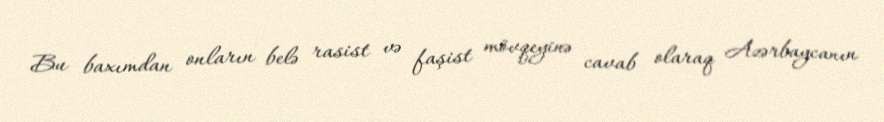
Bu baxımdan onların belə rasist və faşist mövqeyinə cavab olaraq Azərbaycanın